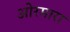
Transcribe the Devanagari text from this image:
ओरमारा